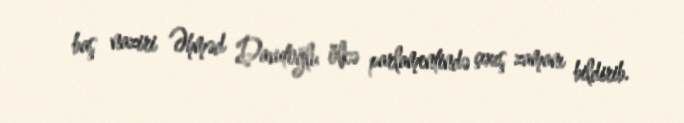
baş naziri Əhməd Davutoğlu ölkə parlamentində çıxış zamanı bildirib.